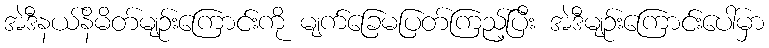
အဲဒီနယ်နိမိတ်မျဉ်းကြောင်းကို မျက်ခြေမပြတ်ကြည့်ပြီး အဲဒီမျဉ်းကြောင်းပေါ်မှာ